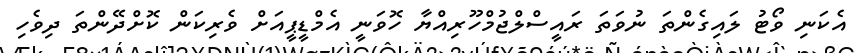
އެކަނި ވޯޓު ލައިގެންތަ ނުވަތަ ރައީސްލްޖުމްހޫރިއްޔާ ހޮވަނީ އެމްޑީޕީއަށް ވެރިކަން ކޮށްދޭންތަ ދިވެހި